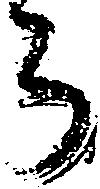
ち